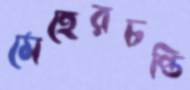
মেহেরচণ্ডি